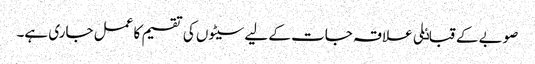
صوبے کے قباٸلی علاقہ جات کے لیے سیٹوں کی تقسیم کا عمل جاری ہے۔